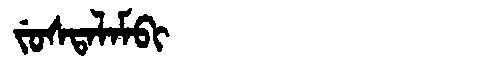
Manchu: ᠵᡠᠰᡨᠠᠯᠠᠮᠪᡳ
Romanization: JUSTALAMBI